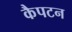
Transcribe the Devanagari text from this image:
कैपटन